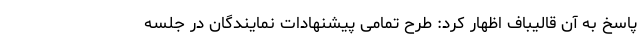
پاسخ به آن قالیباف اظهار کرد: طرح تمامی پیشنهادات نمایندگان در جلسه